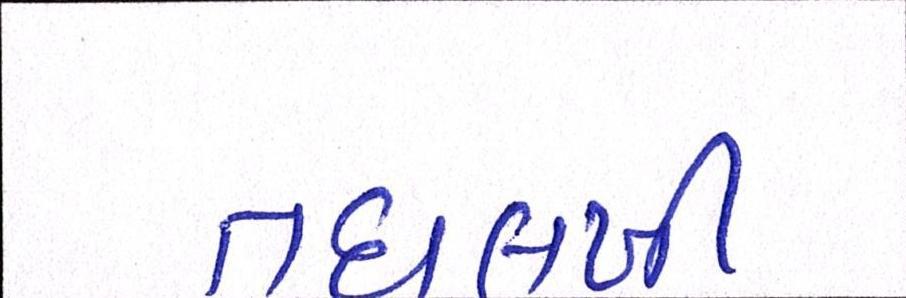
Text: તઘલખી